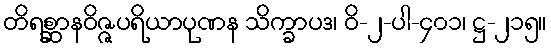
တိရစ္ဆာနဝိဇ္ဇပရိယာပုဏန သိက္ခာပဒ၊ ဝိ-၂-ပါ-၄၀၁၊ ဋ္ဌ-၂၁၅။